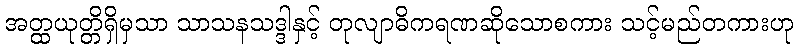
အတ္ထယုတ္တိရှိမှသာ သာသနသဒ္ဒါနှင့် တုလျာဓိကရဏဆိုသောစကား သင့်မည်တကားဟု